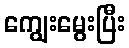
ကျွေးမွေးပြီး